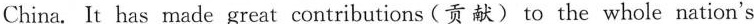
China. It has made great contributions(贡献)to the whole nation's